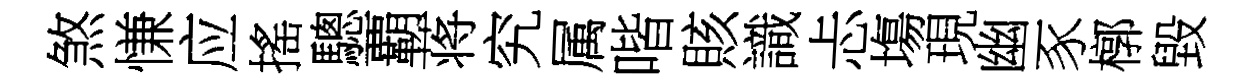
煞慊应搖驄覇蒋究属喈賅識忐塲現幽豕槨毀